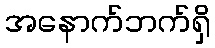
အနောက်ဘက်ရှိ